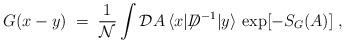
LaTeX: \begin{align*}G(x-y) \;=\; \frac{1}{{\mathcal N}} \int {\mathcal D}A \,\langle x| {\not \!\! D}^{-1} |y \rangle \, \exp [ - S_G(A) ] \;,\end{align*}